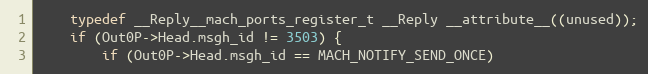
Language: C
	typedef __Reply__mach_ports_register_t __Reply __attribute__((unused));
	if (Out0P->Head.msgh_id != 3503) {
	    if (Out0P->Head.msgh_id == MACH_NOTIFY_SEND_ONCE)